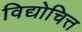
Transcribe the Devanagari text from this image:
विद्योचित्त